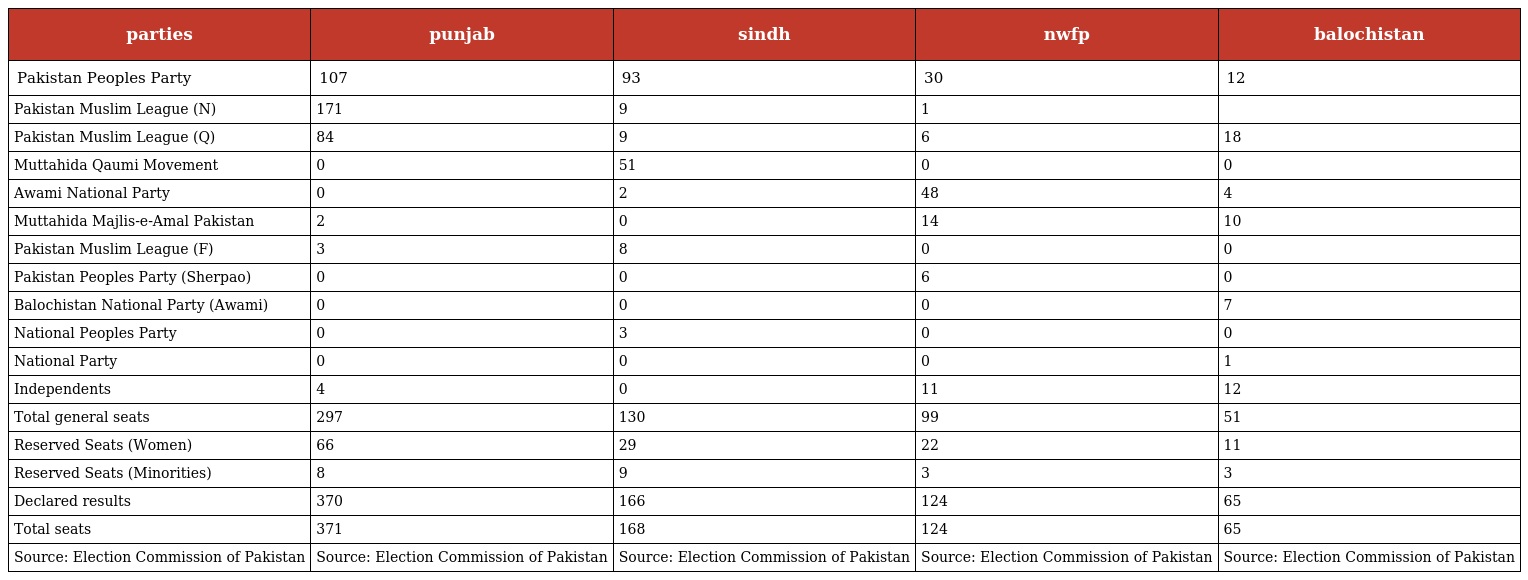
| parties | punjab | sindh | nwfp | balochistan |
 | --- | --- | --- | --- | --- |
 | Pakistan Peoples Party | 107 | 93 | 30 | 12 |
 | Pakistan Muslim League (N) | 171 | 9 | 1 |  |
 | Pakistan Muslim League (Q) | 84 | 9 | 6 | 18 |
 | Muttahida Qaumi Movement | 0 | 51 | 0 | 0 |
 | Awami National Party | 0 | 2 | 48 | 4 |
 | Muttahida Majlis-e-Amal Pakistan | 2 | 0 | 14 | 10 |
 | Pakistan Muslim League (F) | 3 | 8 | 0 | 0 |
 | Pakistan Peoples Party (Sherpao) | 0 | 0 | 6 | 0 |
 | Balochistan National Party (Awami) | 0 | 0 | 0 | 7 |
 | National Peoples Party | 0 | 3 | 0 | 0 |
 | National Party | 0 | 0 | 0 | 1 |
 | Independents | 4 | 0 | 11 | 12 |
 | Total general seats | 297 | 130 | 99 | 51 |
 | Reserved Seats (Women) | 66 | 29 | 22 | 11 |
 | Reserved Seats (Minorities) | 8 | 9 | 3 | 3 |
 | Declared results | 370 | 166 | 124 | 65 |
 | Total seats | 371 | 168 | 124 | 65 |
 | Source: Election Commission of Pakistan | Source: Election Commission of Pakistan | Source: Election Commission of Pakistan | Source: Election Commission of Pakistan | Source: Election Commission of Pakistan |